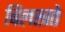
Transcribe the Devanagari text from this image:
बिलखते